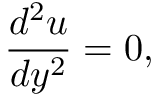
{ \frac { d ^ { 2 } u } { d y ^ { 2 } } } = 0 ,